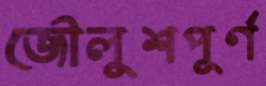
জৌলুশপূর্ণ